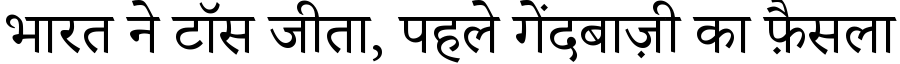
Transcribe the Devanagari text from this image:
भारत ने टॉस जीता, पहले गेंदबाज़ी का फ़ैसला